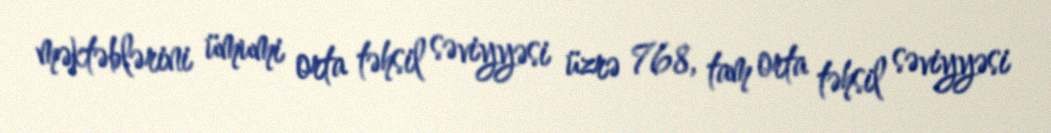
məktəblərini ümumi orta təhsil səviyyəsi üzrə 768, tam orta təhsil səviyyəsi